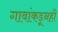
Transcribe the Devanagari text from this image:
गावांकडूनही